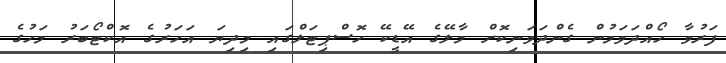
ފަރުވާ ހޯއްދަވަމުން ގެންދަވަނިކޮށް މާލޭގެ އޭޑީކޭ ހޮސްޕިޓަލްގައި މިދިޔަ އަހަރުގެ އޮކްޓޯބަރު މަހުގެ